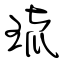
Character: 琉